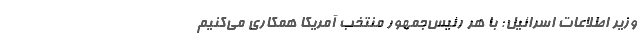
وزیر اطلاعات اسرائیل: با هر رئیس‌جمهور منتخب آمریکا همکاری می‌کنیم